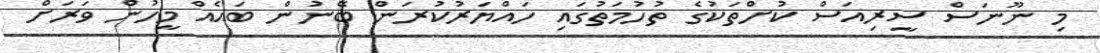
މި ނޫނަސް ސީރިއަސް ކުށްތަކުގެ ތުހުމަތުގައި ހައްޔަރުކުރަން ބޭނުން ބައެއް މީހުން ވަރަށް